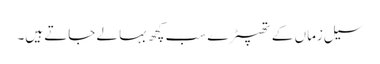
سیل زماں کے تھپیڑے سب کچھ بہا لے جاتے ہیں۔